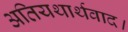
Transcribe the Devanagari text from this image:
अतियथार्थवाद।